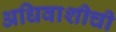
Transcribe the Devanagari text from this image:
अधिवाशीची